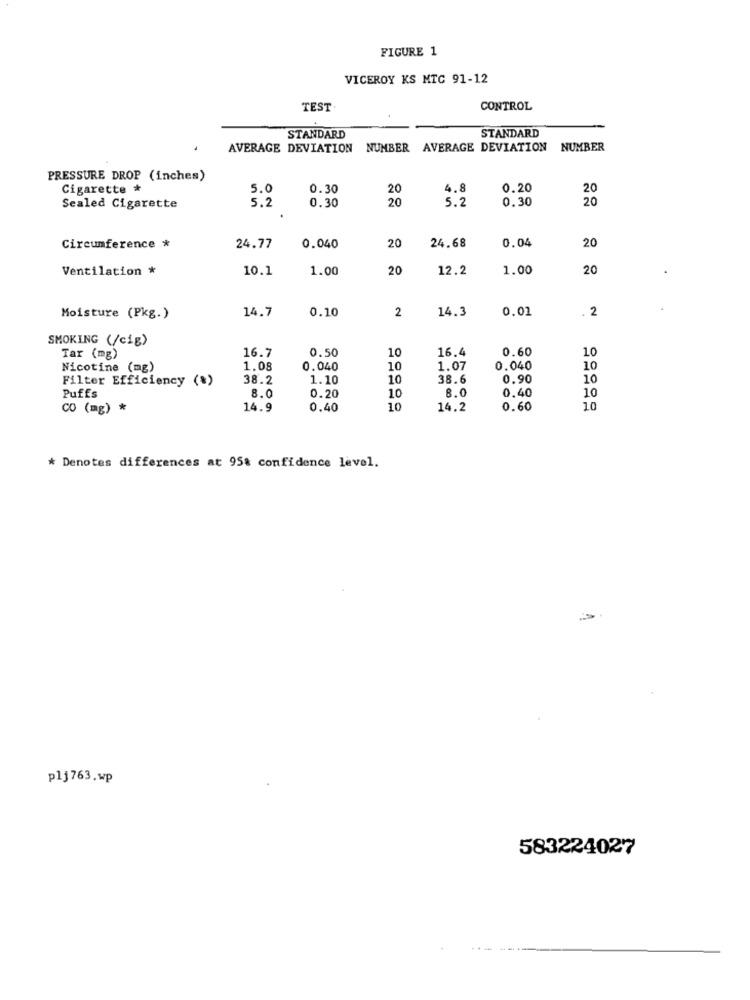
FIGURE 1
VICEROY KS MTC 91-12
TEST
CONTROL
STANDARD
STANDARD
AVERAGE DEVIATION NUMBER AVERAGE DEVIATION NUMBER
PRESSURE DROP (inches)
Cigarette *
5.0
0.30
20
4.8
0.20
20
5.2
0.30
20
5.2
0.30
20
Sealed Cigarette
20
24.68
0.04
20
Circumference *
24.77
0.040
Ventilation *
10.1
1.00
20
12.2
1.00
20
14.7
0.10
2
14.3
0,01
. 2
Moisture (Pkg.)
SMOKING (/cig)
16.7
0.50
16.4
0.60
10
Tar (mg)
10
Nicotine (mg)
1.08
0.040
10
1.07
0.040
10
Filter Efficiency (%)
38.2
1.10
10
38.6
0.90
10
8.0
8.0
10
Puffs
0.20
10
0,40
CO (mg) *
14.9
0.40
10
14.2
0.60
10
* Denotes differences at 95% confidence level.
plj763.wp
583224027